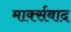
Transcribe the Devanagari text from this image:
मार्क्सबाद